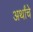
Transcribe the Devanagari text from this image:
अर्थांचे